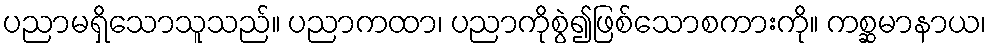
ပညာမရှိသောသူသည်။ ပညာကထာ၊ ပညာကိုစွဲ၍ဖြစ်သောစကားကို။ ကစ္ဆမာနာယ၊